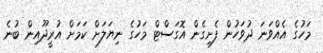
މަހުގެ އެއްވަނަ ދުވަހުން ފެށިގެން އޮގަސްޓް މަހުގެ ނިޔަލަށް ކަމަށް އުރީދޫއިން ބުނެ